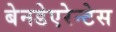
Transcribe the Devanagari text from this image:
बेनडेएरेन्टेस